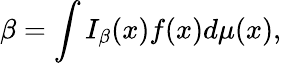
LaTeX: \beta=\int I_{\beta}(x)f(x)d\mu(x),